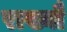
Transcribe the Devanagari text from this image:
राख्यौ